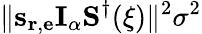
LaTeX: \| \mathbf{s}_{\mathbf{r},\mathbf{e}}\mathbf{I}_{\alpha}\mathbf{S}^{\dagger}(\mathbf{\xi})\| ^{2}\sigma^{2}